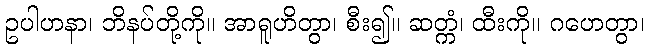
ဥပါဟနာ၊ ဘိနပ်တို့ကို။ အာရူဟိတွာ၊ စီး၍။ ဆတ္ကံ၊ ထီးကို။ ဂဟေတွာ၊